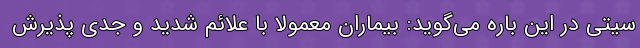
سیتی در این باره می‌گوید: بیماران معمولا با علائم شدید و جدی پذیرش